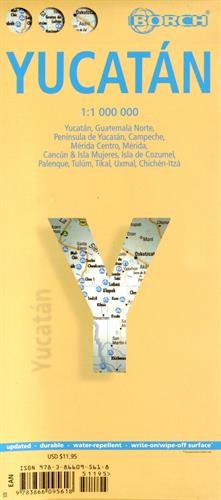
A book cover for Laminated Yucatan Map by Borch (English) (English, Spanish, French, Italian and German Edition); Borch; Travel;